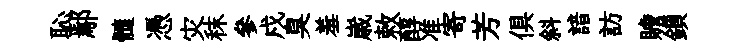
恥鄢髓憑灾秣參戍臭羞𡻕敕醇准寄芳俱斜諳訪贍鎻